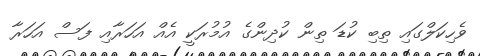
ވެހިކަލްގައި ތިބި ކުޑަ ތިން ކުދިންގެ އުމުރަކީ އެއް އަހަރާއި ފަސް އަހަރާ